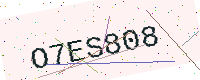
Text: O7ES808